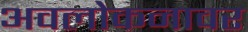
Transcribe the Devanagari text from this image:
अवलोकनावर